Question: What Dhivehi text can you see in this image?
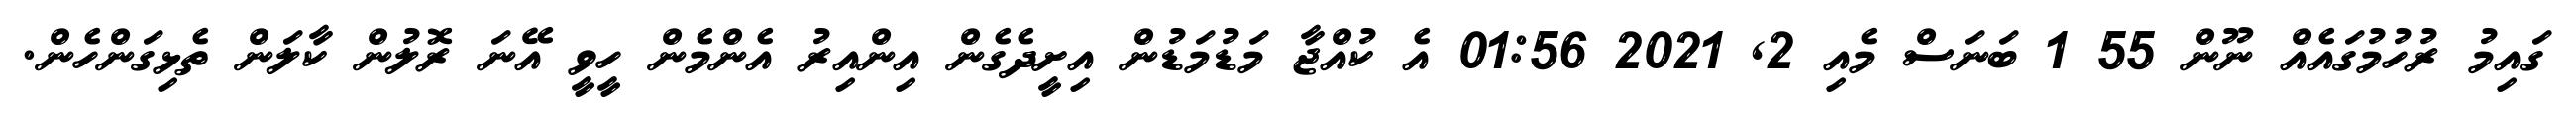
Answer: ގައިމު ރުހުމުގައެއް ނޫން 55 1 ބަނަސް މެއި 2, 2021 01:56 އެ ކުއްޖާ މަޑުމަޑުން އިށީދެގެން އިންއިރު އެންމެން ހީވީ އޭނަ ރޮލުން ކާލަން ތެޅިގަންހެން.